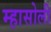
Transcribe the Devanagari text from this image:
म्हासोली